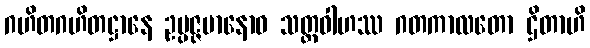
ဂဟိတဂဟိတဋ္ဌာနေ ဥပ္ပဇ္ဇမာနောဝ သတ္ထဝါဟဿ ဂတကာလတော ဌိတာဟိ